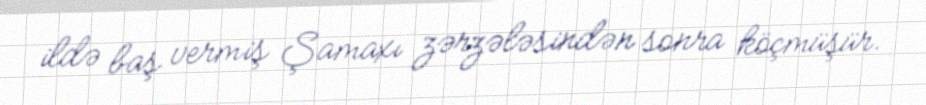
ildə baş vermiş Şamaxı zərzələsindən sonra köçmüşür.